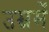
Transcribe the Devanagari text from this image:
उम्रमें